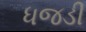
ધજડી